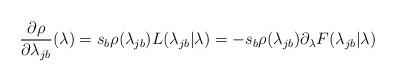
LaTeX: \begin{align*}\frac{\partial \rho}{\partial \lambda_{jb}}(\lambda) = s_b\rho(\lambda_{jb})L(\lambda_{jb}|\lambda)=- s_b\rho(\lambda_{jb})\partial_{\lambda}F(\lambda_{jb}|\lambda)\end{align*}